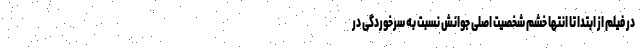
در فیلم از ابتدا تا انتها خشم شخصیت اصلی جوانش نسبت به سرخوردگی در